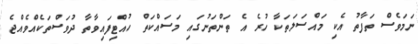
ނަމަވެސް ތަފާތު އެކި މައްސަލަތަކާ ހުރެ އެ ތަންތަނުގައި މަސައްކަތް ހުއްޓިފައިވާތާ ދުވަސްތަކެއްވެއްޖެ